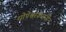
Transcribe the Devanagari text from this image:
धोपेश्वरकरांनी